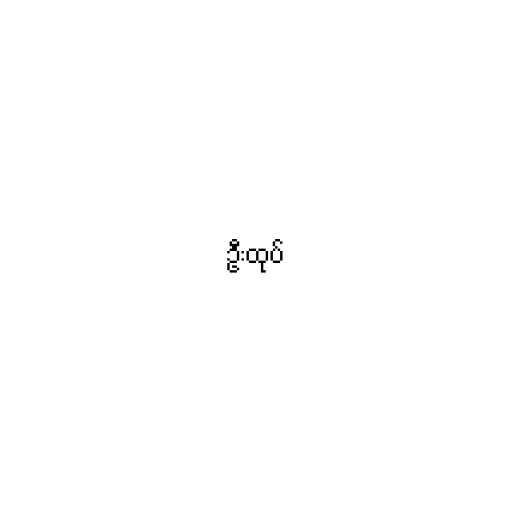
ဦးထုပ်